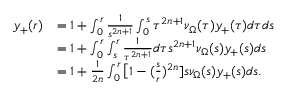
\begin{array} { r l } { y _ { + } ( r ) } & { = 1 + \int _ { 0 } ^ { r } \frac { 1 } { s ^ { 2 n + 1 } } \int _ { 0 } ^ { s } \tau ^ { 2 n + 1 } \nu _ { \Omega } ( \tau ) y _ { + } ( \tau ) d \tau d s } \\ & { = 1 + \int _ { 0 } ^ { r } \int _ { s } ^ { r } \frac { 1 } { \tau ^ { 2 n + 1 } } d \tau s ^ { 2 n + 1 } \nu _ { \Omega } ( s ) y _ { + } ( s ) d s } \\ & { = 1 + \frac { 1 } { 2 n } \int _ { 0 } ^ { r } \big [ 1 - ( \frac { s } { r } ) ^ { 2 n } ] s \nu _ { \Omega } ( s ) y _ { + } ( s ) d s . } \end{array}